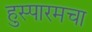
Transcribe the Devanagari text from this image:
हुस्पारमचा